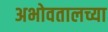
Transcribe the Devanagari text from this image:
अभोवतालच्या